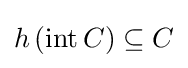
h\left(\operatorname {int} C\right)\subseteq C